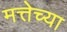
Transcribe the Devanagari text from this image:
मत्तेच्या